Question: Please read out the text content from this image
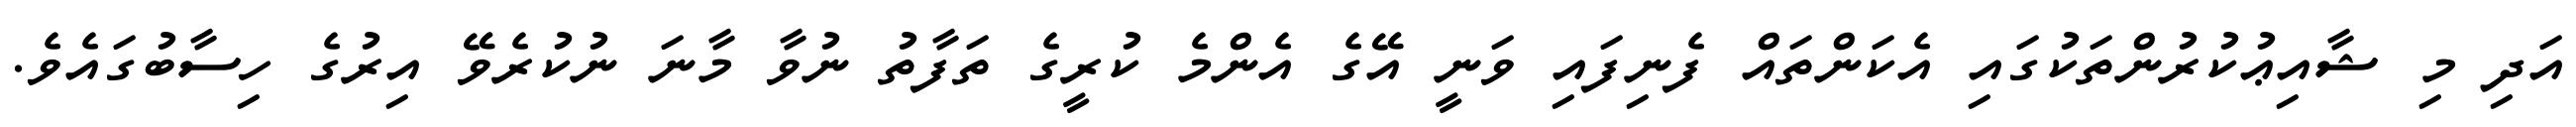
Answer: އަދި މި ޝާއިޢުކުރުންތަކުގައި އެކަންތައް ފެނިފައި ވަނީ އޭގެ އެންމެ ކުރީގެ ތަފާތު ނުވާ މާނަ ނުކުރެވޭ އިރުގެ ހިސާބުގައެވެ.